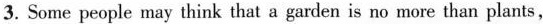
3. Some people may think that a garden is no more than plants,